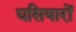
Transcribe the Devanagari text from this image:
घसियारों